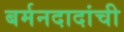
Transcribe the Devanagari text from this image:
बर्मनदादांची